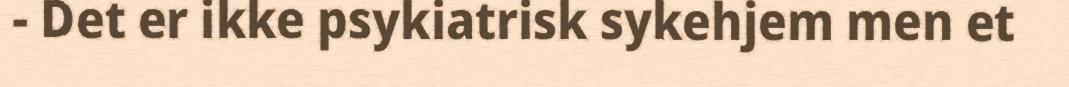
- Det er ikke psykiatrisk sykehjem men et